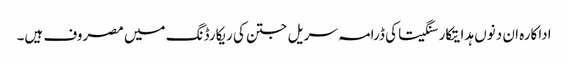
اداکارہ ان دنوں ہدایتکار سنگیتا کی ڈرامہ سریل جتن کی ریکارڈنگ میں مصروف ہیں۔